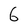
Character: 6